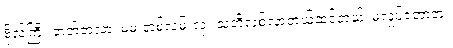
ဗိုလ်ကြီး ဘတ်တလာ၊ မမ တစ်လမ်းလုံး သတိလစ်လာတယ်ထင်တယ်၊ မလှုပ်တော့ဘူး